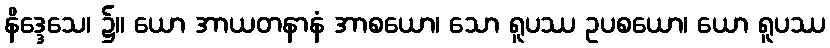
နိဒ္ဒေသေ၊ ၌။ ယော အာယတနာနံ အာစယော၊ သော ရူပဿ ဥပစယော၊ ယော ရူပဿ